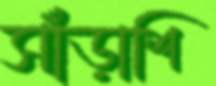
সাঁড়াশি